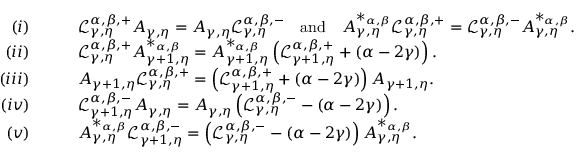
\begin{array} { r l } { ( i ) } & { \qquad \mathcal { L } _ { \gamma , \eta } ^ { \alpha , \beta , + } A _ { \gamma , \eta } = A _ { \gamma , \eta } \mathcal { L } _ { \gamma , \eta } ^ { \alpha , \beta , - } \quad \mathrm { a n d } \quad A _ { \gamma , \eta } ^ { * _ { \alpha , \beta } } \mathcal { L } _ { \gamma , \eta } ^ { \alpha , \beta , + } = \mathcal { L } _ { \gamma , \eta } ^ { \alpha , \beta , - } A _ { \gamma , \eta } ^ { * _ { \alpha , \beta } } . } \\ { ( i i ) } & { \qquad \mathcal { L } _ { \gamma , \eta } ^ { \alpha , \beta , + } A _ { \gamma + 1 , \eta } ^ { * _ { \alpha , \beta } } = A _ { \gamma + 1 , \eta } ^ { * _ { \alpha , \beta } } \left( \mathcal { L } _ { \gamma + 1 , \eta } ^ { \alpha , \beta , + } + ( \alpha - 2 \gamma ) \right) . } \\ { ( i i i ) } & { \qquad A _ { \gamma + 1 , \eta } \mathcal { L } _ { \gamma , \eta } ^ { \alpha , \beta , + } = \left( \mathcal { L } _ { \gamma + 1 , \eta } ^ { \alpha , \beta , + } + ( \alpha - 2 \gamma ) \right) A _ { \gamma + 1 , \eta } . } \\ { ( i v ) } & { \qquad \mathcal { L } _ { \gamma + 1 , \eta } ^ { \alpha , \beta , - } A _ { \gamma , \eta } = A _ { \gamma , \eta } \left( \mathcal { L } _ { \gamma , \eta } ^ { \alpha , \beta , - } - ( \alpha - 2 \gamma ) \right) . } \\ { ( v ) } & { \qquad A _ { \gamma , \eta } ^ { * _ { \alpha , \beta } } \mathcal { L } _ { \gamma + 1 , \eta } ^ { \alpha , \beta , - } = \left( \mathcal { L } _ { \gamma , \eta } ^ { \alpha , \beta , - } - ( \alpha - 2 \gamma ) \right) A _ { \gamma , \eta } ^ { * _ { \alpha , \beta } } . } \end{array}